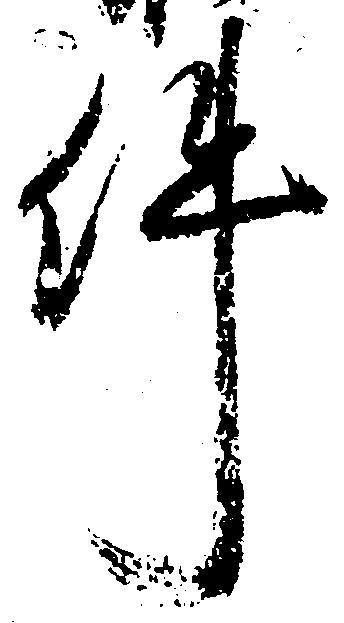
件